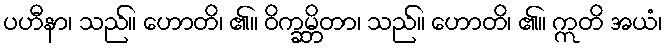
ပဟီနာ၊ သည်။ ဟောတိ၊ ၏။ ဝိက္ခမ္ဘိတာ၊ သည်။ ဟောတိ၊ ၏။ ဣတိ အယံ၊